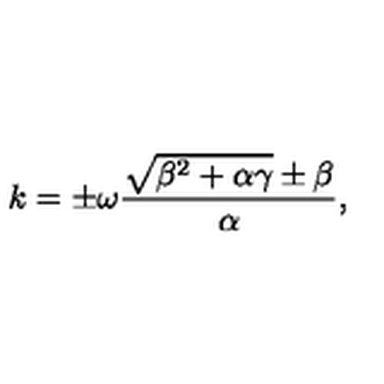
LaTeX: k = \pm \omega \frac { \sqrt { \beta ^ { 2 } + \alpha \gamma } \pm \beta } { \alpha } ,